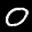
Label: 0